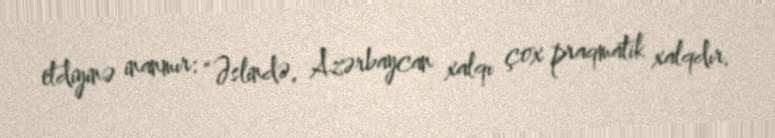
etdiyinə inanmır: “Əslində, Azərbaycan xalqı çox praqmatik xalqdır.